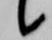
候